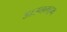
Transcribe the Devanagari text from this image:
डाउनलहम